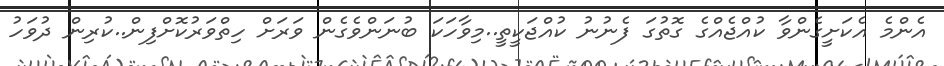
އެންމެ އެކަށީގެންވާ ކުއްޖެއްގެ ގޮތުގަ ފެނުނު ކުއްޖަކީތީ..މިވާހަކަ ބުނަންވެގެން ވަރަށް ހިތްވަރުކޮށްފިން..ކުރިން ދުވަހު